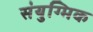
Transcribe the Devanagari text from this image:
संयुग्मिक